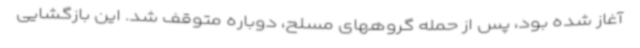
آغاز شده بود، پس از حمله گروههای مسلح، دوباره متوقف شد. این بازگشایی